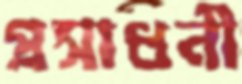
প্রসাধনী